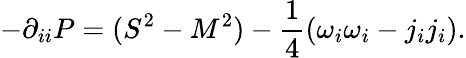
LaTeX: -\partial_{ii}P=(S^{2}-M^{2})-\frac{1}{4}(\omega_{i}\omega_{i}-j_{i}j_{i}).